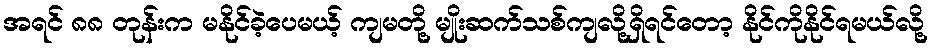
အရင် ၈၈ တုန်းက မနိုင်ခဲ့ပေမယ့် ကျမတို့ မျိုးဆက်သစ်ကျလို့ရှိရင်တော့ နိုင်ကိုနိုင်ရမယ်လို့